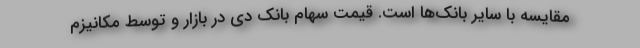
مقایسه با سایر بانک‌ها است. قیمت سهام بانک دی در بازار و توسط مکانیزم